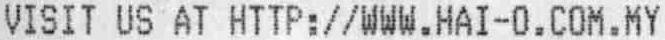
VISIT US AT HTTP://WWW.HAI-O.COM.MY